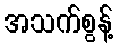
အသက်စွန့်